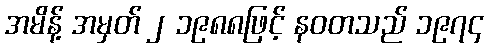
အမိန့် အမှတ် ၂ ၁၉၈၈ဖြင့် နဝတသည် ၁၉၇၄